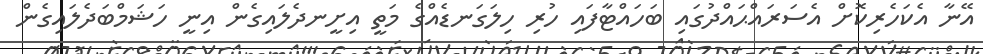
އޭނާ އެކަހެރިކޮށް އެސަރައްޙައްދުގައި ބަހައްޓާފައި ހުރި ހިލަގަނޑެއްގެ މަތީ އިށީނދެލައިގެން އިނީ ހަޝަމްބަދެލައިގެން